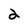
Character: 2